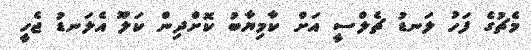
މެޗުގެ ފަހު ލަނޑު ޗެލްސީ އަށް ކާމިޔާބު ކޮށްދިން ކަލޫ އެލަނޑު ޖެހީ